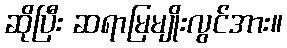
ဆိုပြီး ဆရာမြမျိုးလွင်အား။